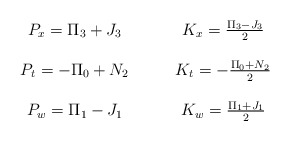
\begin{align*}\begin{array}{cc}P_x = \Pi_3+J_3 \qquad & K_x = \frac{\Pi_3-J_3}{2} \\\null & \null \\P_t = -\Pi_0+N_2 \qquad& K_t = -\frac{\Pi_0+N_2 }{2} \\\null & \null \\ P_w= \Pi_1-J_1 \qquad & K_w = \frac{ \Pi_1+J_1}{2}\\\end{array}\end{align*}